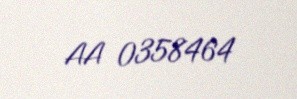
AA 0358464